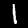
Digit: 1